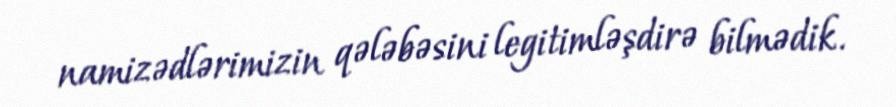
namizədlərimizin qələbəsini legitimləşdirə bilmədik.